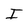
Character: I